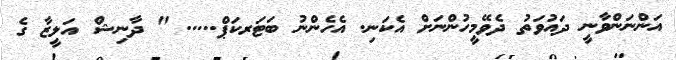
އަންނަންވާނީ ދައުވަތު ދެވޭމީހުންނަށް އެކަނި. އެހެންނު ބަޓަރކަޕް..... " ދާނިޝް އަލީޒާ ގެ